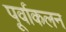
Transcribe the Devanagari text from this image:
पूर्वाकलन